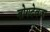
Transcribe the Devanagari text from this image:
बोगदेवजा